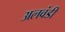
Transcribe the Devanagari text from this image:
अलवंडी